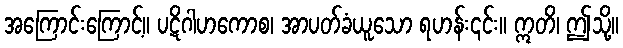
အကြောင်းကြောင့်။ ပဋိဂါဟကောစ၊ အာပတ်ခံယူသော ရဟန်း၎င်း။ ဣတိ၊ ဤသို့။